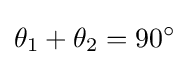
\theta _{1}+\theta _{2}=90^{\circ }